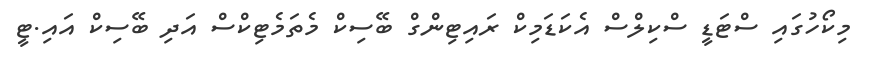
މިކޯހުގައި ސްޓަޑީ ސްކިލްސް އެކަޑަމިކް ރައިޓިންގް ބޭސިކް މެތަމެޓިކްސް އަދި ބޭސިކް އައި.ޓީ